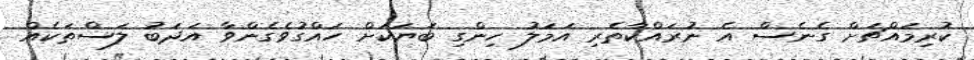
ކުރިމައްޗަށް ގެނެސް އެ ނުރައްކާތެރި އަމަލު ހިންގި ބަޔަކަށް ހައްގުވެގެންވާ އަދަބު ލަސްތަކެއް